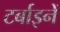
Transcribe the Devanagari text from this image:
टर्बाइनें